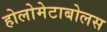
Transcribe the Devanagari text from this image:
होलोमेटाबोलस